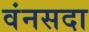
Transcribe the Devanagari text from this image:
वंनसदा